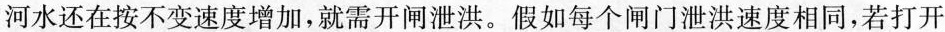
河水还在按不变速度增加，就需开闸泄洪。假如每个闸门泄洪速度相同，若打开